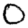
Digit: 0